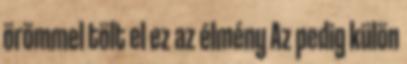
örömmel tölt el ez az élmény Az pedig külön